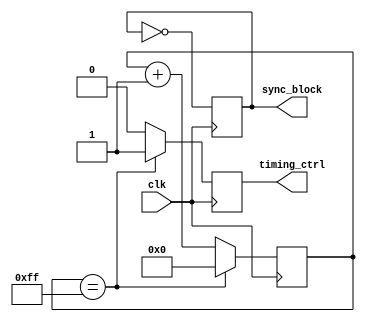
module frequency_synthesizer(
    input wire clk,
    output wire timing_ctrl,
    output wire sync_block
);

// Timing control block
reg [7:0] counter;
reg timing_ctrl_sig;

always @(posedge clk) begin
    if(counter == 8'hFF) begin
        counter <= 8'h00;
        timing_ctrl_sig <= 1'b1;
    end else begin
        counter <= counter + 1;
        timing_ctrl_sig <= 1'b0;
    end
end

assign timing_ctrl = timing_ctrl_sig;

// Synchronization block
reg sync_block_sig;

always @(posedge clk) begin
    sync_block_sig <= ~sync_block_sig;
end

assign sync_block = sync_block_sig;

endmodule